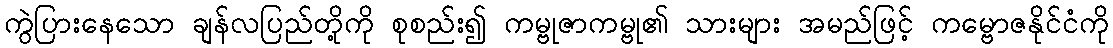
ကွဲပြားနေသော ချန်လပြည်တို့ကို စုစည်း၍ ကမ္ဗုဇာကမ္ဗု၏ သားများ အမည်ဖြင့် ကမ္ဗောဇနိုင်ငံကို